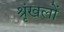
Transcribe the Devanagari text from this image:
श्रृंखलों